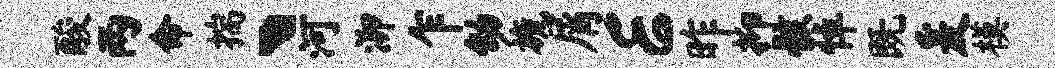
酸两命揣丶河泖乍幼旒屑E昨抑骸悼既爰模